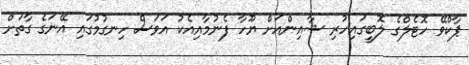
ޕާކްވޭ ހޮޓެލްގެ ލޮބީގައިހުރި ޝާއިންއަށް ޔޫހާ ފެނުމާއިއެކު އަވަސް ހިނގުމުގައި އޭނަގެ ގާތަށް